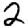
Digit: 2